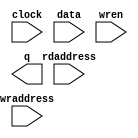
// megafunction wizard: %RAM: 2-PORT%VBB%
// GENERATION: STANDARD
// VERSION: WM1.0
// MODULE: altsyncram 

// ============================================================
// Megafunction Name(s):
// 			altsyncram
//
// Simulation Library Files(s):
// 			altera_mf
// ============================================================
// ************************************************************
// THIS IS A WIZARD-GENERATED FILE. DO NOT EDIT THIS FILE!
//
// 16.1.0 Build 196 10/24/2016 SJ Lite Edition
// ************************************************************

//Copyright (C) 2016  Intel Corporation. All rights reserved.
//Your use of Intel Corporation's design tools, logic functions 
//and other software and tools, and its AMPP partner logic 
//functions, and any output files from any of the foregoing 
//(including device programming or simulation files), and any 
//associated documentation or information are expressly subject 
//to the terms and conditions of the Intel Program License 
//Subscription Agreement, the Intel Quartus Prime License Agreement,
//the Intel MegaCore Function License Agreement, or other 
//applicable license agreement, including, without limitation, 
//that your use is for the sole purpose of programming logic 
//devices manufactured by Intel and sold by Intel or its 
//authorized distributors.  Please refer to the applicable 
//agreement for further details.

module ram480_64 (
	clock,
	data,
	rdaddress,
	wraddress,
	wren,
	q);

	input	  clock;
	input	[63:0]  data;
	input	[8:0]  rdaddress;
	input	[8:0]  wraddress;
	input	  wren;
	output	[63:0]  q;
`ifndef ALTERA_RESERVED_QIS
// synopsys translate_off
`endif
	tri1	  clock;
	tri0	  wren;
`ifndef ALTERA_RESERVED_QIS
// synopsys translate_on
`endif

endmodule

// ============================================================
// CNX file retrieval info
// ============================================================
// Retrieval info: PRIVATE: ADDRESSSTALL_A NUMERIC "0"
// Retrieval info: PRIVATE: ADDRESSSTALL_B NUMERIC "0"
// Retrieval info: PRIVATE: BYTEENA_ACLR_A NUMERIC "0"
// Retrieval info: PRIVATE: BYTEENA_ACLR_B NUMERIC "0"
// Retrieval info: PRIVATE: BYTE_ENABLE_A NUMERIC "0"
// Retrieval info: PRIVATE: BYTE_ENABLE_B NUMERIC "0"
// Retrieval info: PRIVATE: BYTE_SIZE NUMERIC "8"
// Retrieval info: PRIVATE: BlankMemory NUMERIC "1"
// Retrieval info: PRIVATE: CLOCK_ENABLE_INPUT_A NUMERIC "0"
// Retrieval info: PRIVATE: CLOCK_ENABLE_INPUT_B NUMERIC "0"
// Retrieval info: PRIVATE: CLOCK_ENABLE_OUTPUT_A NUMERIC "0"
// Retrieval info: PRIVATE: CLOCK_ENABLE_OUTPUT_B NUMERIC "0"
// Retrieval info: PRIVATE: CLRdata NUMERIC "0"
// Retrieval info: PRIVATE: CLRq NUMERIC "0"
// Retrieval info: PRIVATE: CLRrdaddress NUMERIC "0"
// Retrieval info: PRIVATE: CLRrren NUMERIC "0"
// Retrieval info: PRIVATE: CLRwraddress NUMERIC "0"
// Retrieval info: PRIVATE: CLRwren NUMERIC "0"
// Retrieval info: PRIVATE: Clock NUMERIC "0"
// Retrieval info: PRIVATE: Clock_A NUMERIC "0"
// Retrieval info: PRIVATE: Clock_B NUMERIC "0"
// Retrieval info: PRIVATE: IMPLEMENT_IN_LES NUMERIC "0"
// Retrieval info: PRIVATE: INDATA_ACLR_B NUMERIC "0"
// Retrieval info: PRIVATE: INDATA_REG_B NUMERIC "0"
// Retrieval info: PRIVATE: INIT_FILE_LAYOUT STRING "PORT_B"
// Retrieval info: PRIVATE: INIT_TO_SIM_X NUMERIC "0"
// Retrieval info: PRIVATE: INTENDED_DEVICE_FAMILY STRING "Cyclone IV E"
// Retrieval info: PRIVATE: JTAG_ENABLED NUMERIC "0"
// Retrieval info: PRIVATE: JTAG_ID STRING "NONE"
// Retrieval info: PRIVATE: MAXIMUM_DEPTH NUMERIC "0"
// Retrieval info: PRIVATE: MEMSIZE NUMERIC "32768"
// Retrieval info: PRIVATE: MEM_IN_BITS NUMERIC "0"
// Retrieval info: PRIVATE: MIFfilename STRING ""
// Retrieval info: PRIVATE: OPERATION_MODE NUMERIC "2"
// Retrieval info: PRIVATE: OUTDATA_ACLR_B NUMERIC "0"
// Retrieval info: PRIVATE: OUTDATA_REG_B NUMERIC "0"
// Retrieval info: PRIVATE: RAM_BLOCK_TYPE NUMERIC "0"
// Retrieval info: PRIVATE: READ_DURING_WRITE_MODE_MIXED_PORTS NUMERIC "2"
// Retrieval info: PRIVATE: READ_DURING_WRITE_MODE_PORT_A NUMERIC "3"
// Retrieval info: PRIVATE: READ_DURING_WRITE_MODE_PORT_B NUMERIC "3"
// Retrieval info: PRIVATE: REGdata NUMERIC "1"
// Retrieval info: PRIVATE: REGq NUMERIC "1"
// Retrieval info: PRIVATE: REGrdaddress NUMERIC "1"
// Retrieval info: PRIVATE: REGrren NUMERIC "1"
// Retrieval info: PRIVATE: REGwraddress NUMERIC "1"
// Retrieval info: PRIVATE: REGwren NUMERIC "1"
// Retrieval info: PRIVATE: SYNTH_WRAPPER_GEN_POSTFIX STRING "0"
// Retrieval info: PRIVATE: USE_DIFF_CLKEN NUMERIC "0"
// Retrieval info: PRIVATE: UseDPRAM NUMERIC "1"
// Retrieval info: PRIVATE: VarWidth NUMERIC "0"
// Retrieval info: PRIVATE: WIDTH_READ_A NUMERIC "64"
// Retrieval info: PRIVATE: WIDTH_READ_B NUMERIC "64"
// Retrieval info: PRIVATE: WIDTH_WRITE_A NUMERIC "64"
// Retrieval info: PRIVATE: WIDTH_WRITE_B NUMERIC "64"
// Retrieval info: PRIVATE: WRADDR_ACLR_B NUMERIC "0"
// Retrieval info: PRIVATE: WRADDR_REG_B NUMERIC "0"
// Retrieval info: PRIVATE: WRCTRL_ACLR_B NUMERIC "0"
// Retrieval info: PRIVATE: enable NUMERIC "0"
// Retrieval info: PRIVATE: rden NUMERIC "0"
// Retrieval info: LIBRARY: altera_mf altera_mf.altera_mf_components.all
// Retrieval info: CONSTANT: ADDRESS_ACLR_B STRING "NONE"
// Retrieval info: CONSTANT: ADDRESS_REG_B STRING "CLOCK0"
// Retrieval info: CONSTANT: CLOCK_ENABLE_INPUT_A STRING "BYPASS"
// Retrieval info: CONSTANT: CLOCK_ENABLE_INPUT_B STRING "BYPASS"
// Retrieval info: CONSTANT: CLOCK_ENABLE_OUTPUT_B STRING "BYPASS"
// Retrieval info: CONSTANT: INTENDED_DEVICE_FAMILY STRING "Cyclone IV E"
// Retrieval info: CONSTANT: LPM_TYPE STRING "altsyncram"
// Retrieval info: CONSTANT: NUMWORDS_A NUMERIC "512"
// Retrieval info: CONSTANT: NUMWORDS_B NUMERIC "512"
// Retrieval info: CONSTANT: OPERATION_MODE STRING "DUAL_PORT"
// Retrieval info: CONSTANT: OUTDATA_ACLR_B STRING "NONE"
// Retrieval info: CONSTANT: OUTDATA_REG_B STRING "UNREGISTERED"
// Retrieval info: CONSTANT: POWER_UP_UNINITIALIZED STRING "FALSE"
// Retrieval info: CONSTANT: READ_DURING_WRITE_MODE_MIXED_PORTS STRING "DONT_CARE"
// Retrieval info: CONSTANT: WIDTHAD_A NUMERIC "9"
// Retrieval info: CONSTANT: WIDTHAD_B NUMERIC "9"
// Retrieval info: CONSTANT: WIDTH_A NUMERIC "64"
// Retrieval info: CONSTANT: WIDTH_B NUMERIC "64"
// Retrieval info: CONSTANT: WIDTH_BYTEENA_A NUMERIC "1"
// Retrieval info: USED_PORT: clock 0 0 0 0 INPUT VCC "clock"
// Retrieval info: USED_PORT: data 0 0 64 0 INPUT NODEFVAL "data[63..0]"
// Retrieval info: USED_PORT: q 0 0 64 0 OUTPUT NODEFVAL "q[63..0]"
// Retrieval info: USED_PORT: rdaddress 0 0 9 0 INPUT NODEFVAL "rdaddress[8..0]"
// Retrieval info: USED_PORT: wraddress 0 0 9 0 INPUT NODEFVAL "wraddress[8..0]"
// Retrieval info: USED_PORT: wren 0 0 0 0 INPUT GND "wren"
// Retrieval info: CONNECT: @address_a 0 0 9 0 wraddress 0 0 9 0
// Retrieval info: CONNECT: @address_b 0 0 9 0 rdaddress 0 0 9 0
// Retrieval info: CONNECT: @clock0 0 0 0 0 clock 0 0 0 0
// Retrieval info: CONNECT: @data_a 0 0 64 0 data 0 0 64 0
// Retrieval info: CONNECT: @wren_a 0 0 0 0 wren 0 0 0 0
// Retrieval info: CONNECT: q 0 0 64 0 @q_b 0 0 64 0
// Retrieval info: GEN_FILE: TYPE_NORMAL ram480_64.v TRUE
// Retrieval info: GEN_FILE: TYPE_NORMAL ram480_64.inc FALSE
// Retrieval info: GEN_FILE: TYPE_NORMAL ram480_64.cmp FALSE
// Retrieval info: GEN_FILE: TYPE_NORMAL ram480_64.bsf FALSE
// Retrieval info: GEN_FILE: TYPE_NORMAL ram480_64_inst.v FALSE
// Retrieval info: GEN_FILE: TYPE_NORMAL ram480_64_bb.v TRUE
// Retrieval info: LIB_FILE: altera_mf